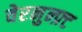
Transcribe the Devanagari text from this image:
वेरनुन्फ़्ट